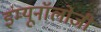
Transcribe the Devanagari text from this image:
इंम्यूनॉलोजी